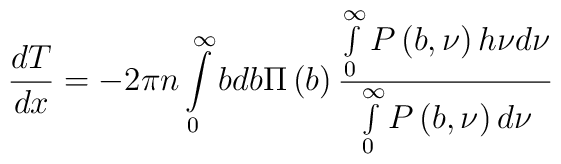
\frac{dT}{dx} = - 2\pi n\int\limits_0^\infty {bdb} \Pi \left( b \right)\frac{\int\limits_0^\infty {P\left( {b,\nu } \right)h\nu d\nu } }{\int\limits_0^\infty {P\left( {b,\nu } \right)d\nu } }